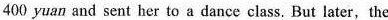
400 yuan and sent her to a dance class. But later,the